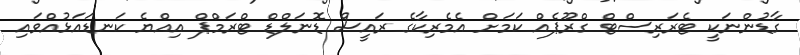
ގާޑުންނަކީ ޓެރަރިސްޓް ގްރޫޕެއް ކަމަށް އެމެރިކާގެ ރައީސް ޑޮނަލްޑް ޓްރަމްޕް އިއްޔެ ކަނޑައަޅުއްވައި